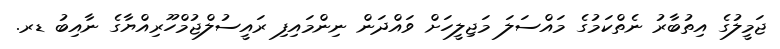
ޖަމީލުގެ އިތުބާރު ނެތްކަމުގެ މައްސަލަ މަޖިލީހަށް ވައްދަން ނިންމައިފި ރައީސުލްޖުމްހޫރިއްޔާގެ ނާއިބު ޑރ.